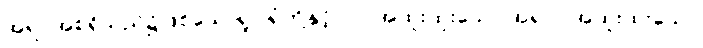
အရပ်အစရှိသည်၌ဖြစ်သောရူပါရုံတို့နှင့်။ ဝါ၊ အထူးထူးသော အရပ်။ အထူးထူးသော